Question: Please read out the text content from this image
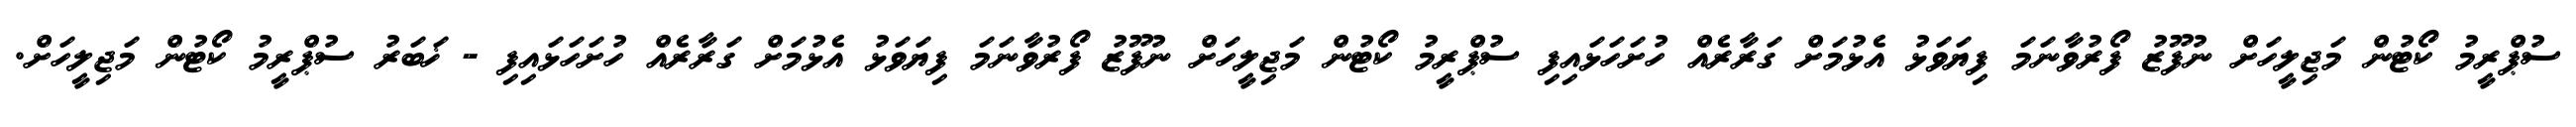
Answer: ސުޕްރީމު ކޯޓުން މަޖިލީހަށް ނުފޫޒު ފޯރުވާނަމަ ފިޔަވަޅު އެޅުމަށް ގަރާރެއް ހުށަހަޅައިފި ސުޕްރީމު ކޯޓުން މަޖިލީހަށް ނުފޫޒު ފޯރުވާނަމަ ފިޔަވަޅު އެޅުމަށް ގަރާރެއް ހުށަހަޅައިފި - ޚަބަރު ސުޕްރީމު ކޯޓުން މަޖިލީހަށް.